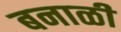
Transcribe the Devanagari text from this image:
बनाळी